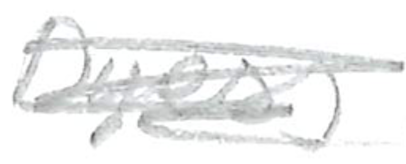
Text: Dyess
Cross-out: scratch
Writing tool: pencil